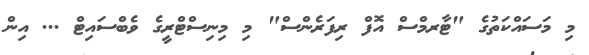
މި މަސައްކަތުގެ "ޓާރމްސް އޮފް ރިފަރެންސް" މި މިނިސްޓްރީގެ ވެބްސައިޓް ... އިން